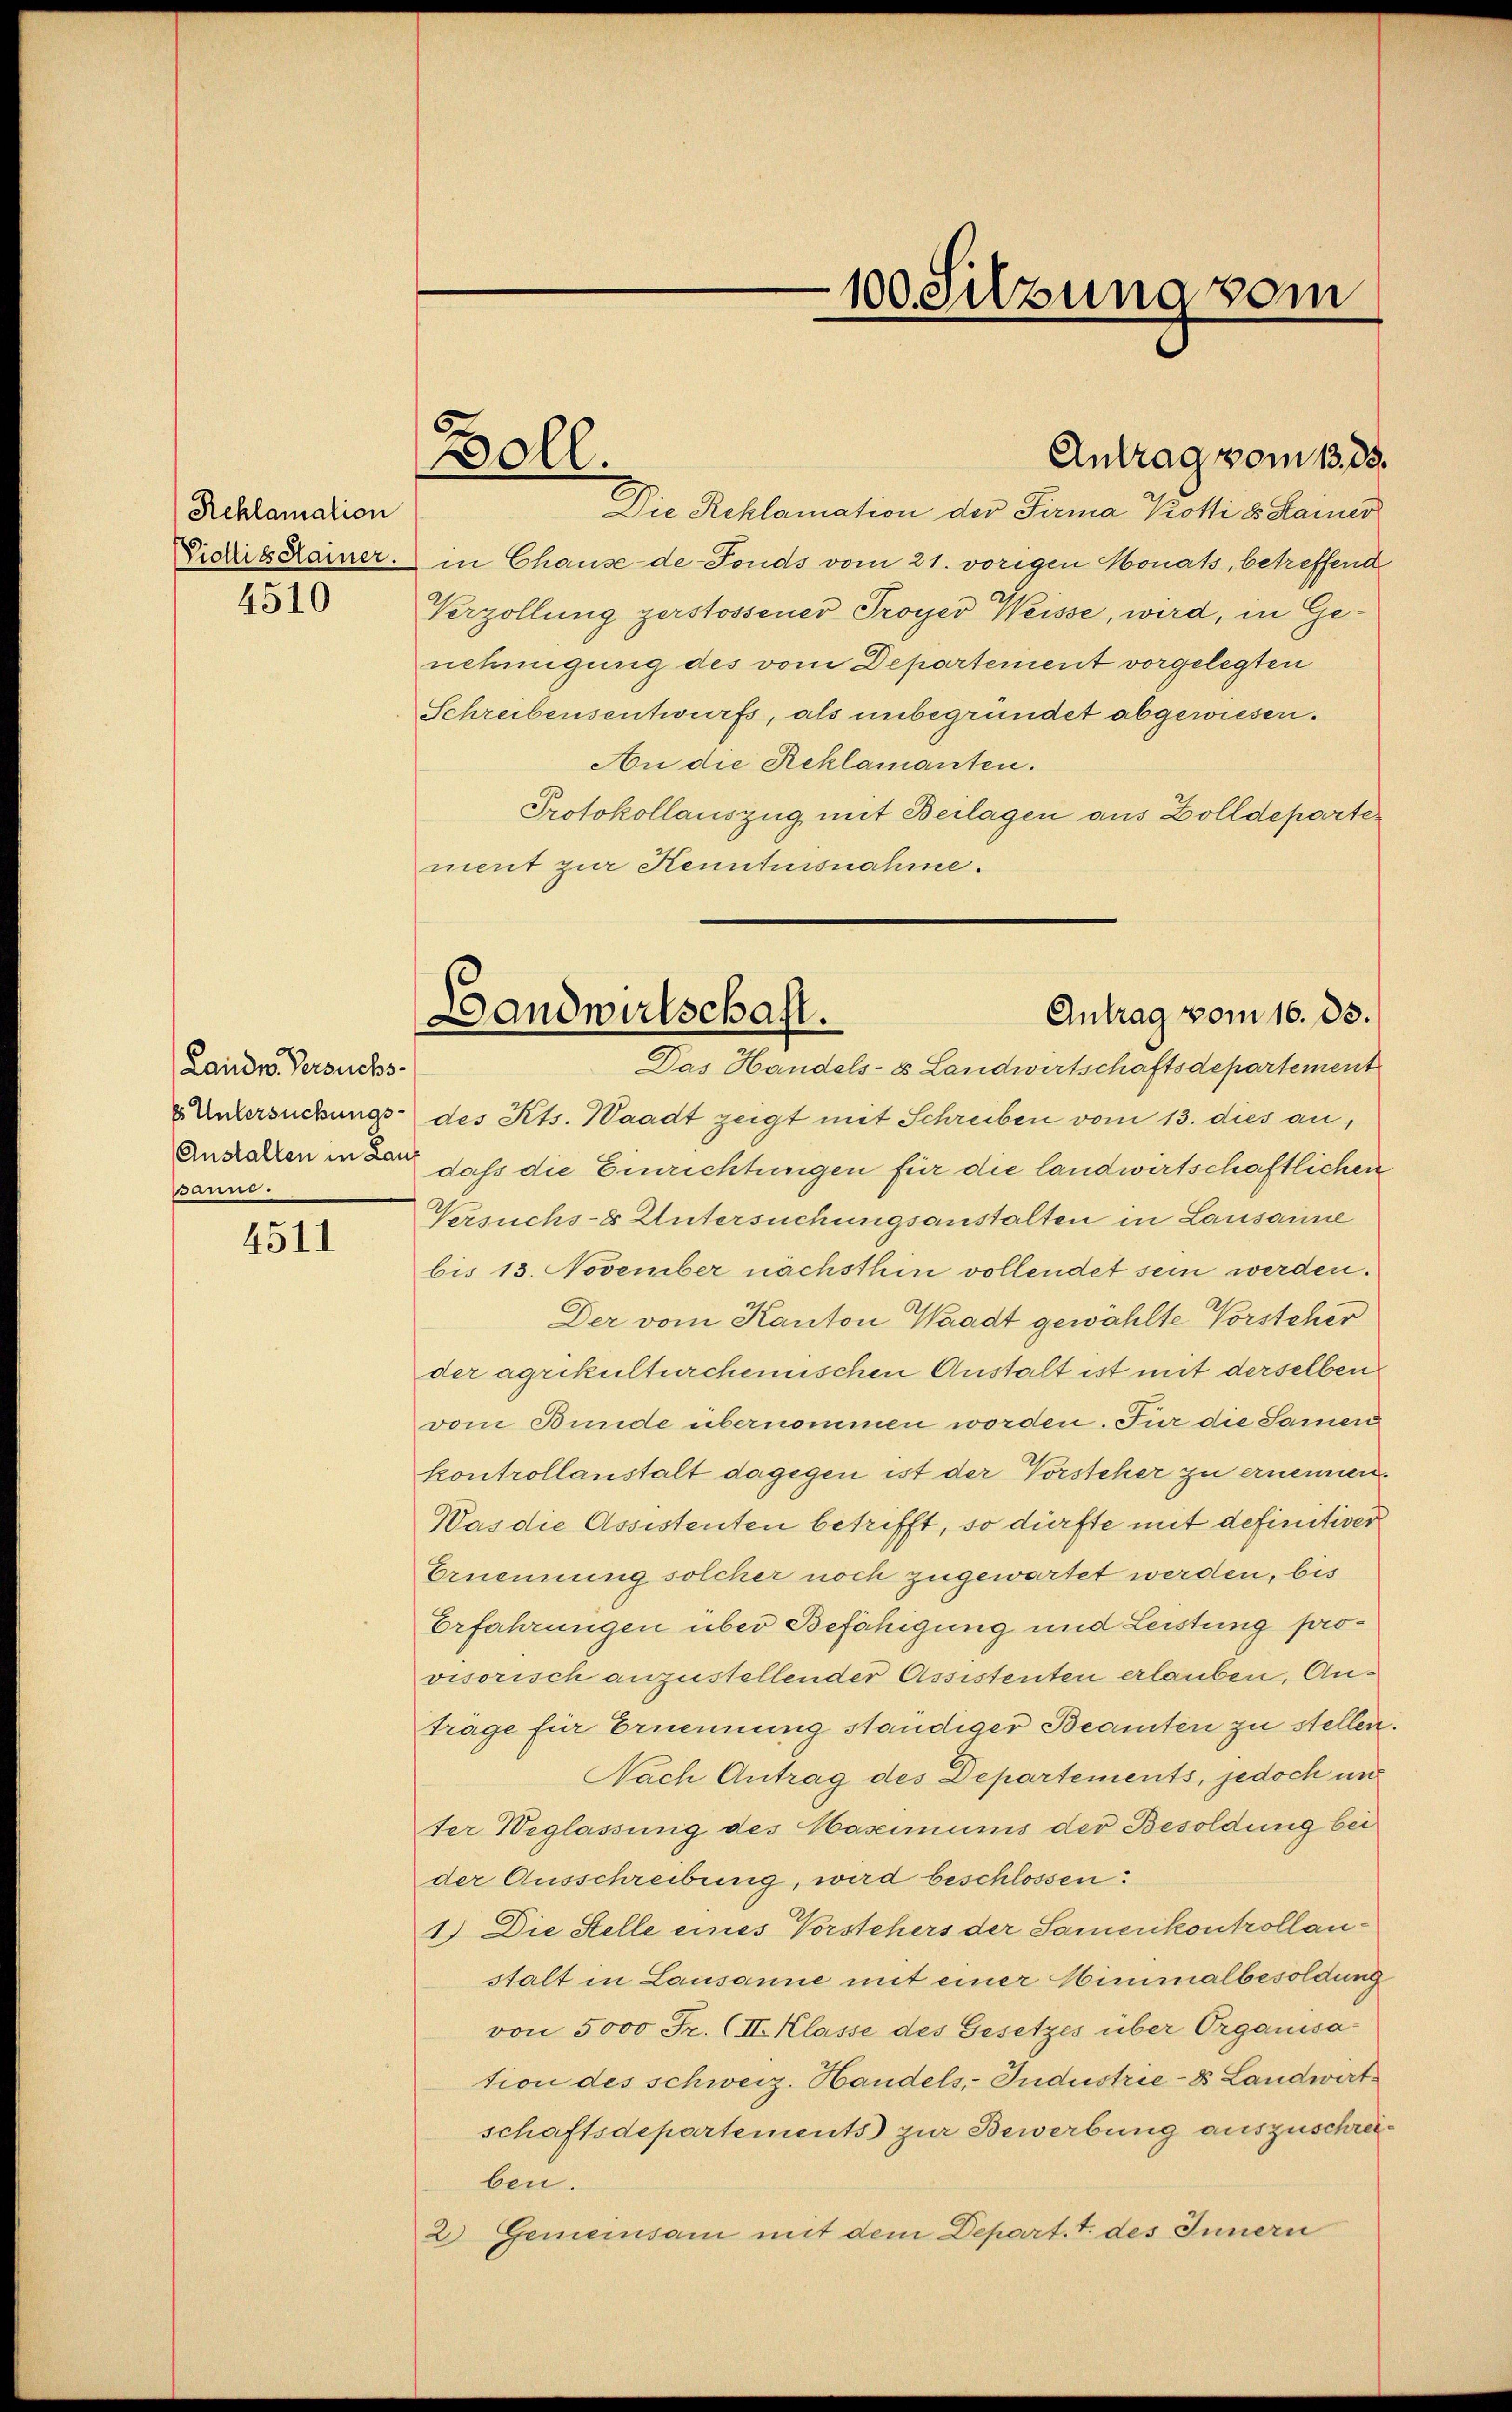
Reklamation
Viollis Hainer.
4510

Landw. Versuchses Untersuchungs-
Anstallen in Lau
Banni.

4511

Boll.

100. Sitzung vom

Die Reklamation der Firma Krotti d. Kamer
in Chause de-Fonds vom 21. vorigen Monats, betreffend
Verzollung zerstossener Proyer Weisse, wird, in Genehmigung des vom Departement vorgelegten
Schreibensentwurfs, als unbegründet abgewiesen.
An die Reklamanten.
Protokollauszug mit Beilagen aus Zolldeparter
ment zur Kenntnisnahme.
des Kts. Waadt zeigt mit Schreiben vom 13. dies an,
daß die Einrichtungen für die landwirtschaftlichen
Versuchs-8 Untersuchungsanstalten in Lausanne
bis 13. November nächsthin vollendet sein werden.
Der vom Kanton Waadt gewählte Vorsteher
der agrikulturchemischen Anstalt ist mit derselben
vom Bunde übernommen worden. Für die Samen
kontrollanstalt dagegen ist der Vorsteher zu ernennen
Das die Assistenten betrifft, so dürfte mit definitiver
Ernennung solcher noch zugewartet werden, bis
Erfahrungen über Befähigung und Leistung provisorisch anzustellender Assistenten erlauben, Antrage für Ernennung ständiger Beamten zu stellen
Nach Antrag des Departements, jedoch und
ter Weglassung des Maximums der Besoldung bei
der Ausschreibung, wird beschlossen:
1.) Die Stelle eines Vorstehers der Samenkontrollanstalt in Lausanne mit einer Minimalbesoldung
von 5000 Fr. (II Klasse des Gesetzes über Organisation des schweiz. Handels, Industrie-8 Landwirt
schaftsdepartements zur Bewerbung auszuschreiben.
2) Gemeinsam mit dem Depart. T. des Innern

Antrag vom 13. 33.

Antrag vom 16. ds.
Landwirtschaft.
Das Handels- & Landwirtschaftsdepartement